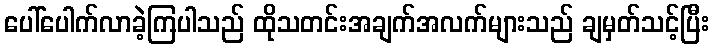
ပေါ်ပေါက်လာခဲ့ကြပါသည် ထိုသတင်းအချက်အလက်များသည် ချမှတ်သင့်ပြီး